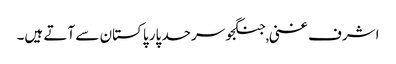
اشرف غنی ,جنگجو سرحد پار پاکستان سے آتے ہیں۔